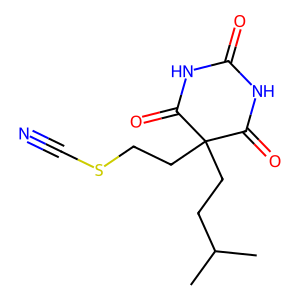
SMILES: CC(C)CCC1(CCSC#N)C(=O)NC(=O)NC1=O
Inhibits HIV replication: No